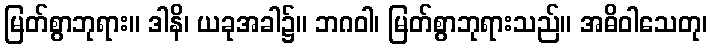
မြတ်စွာဘုရား။ ဒါနိ၊ ယခုအခါ၌။ ဘဂဝါ၊ မြတ်စွာဘုရားသည်။ အဓိဝါသေတု၊